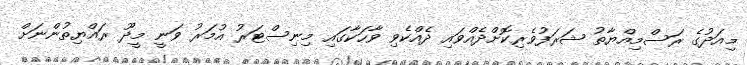
މިއަދުގެ ރަސްމިއްޔާތު ޝަރަފުވެރިކޮށްދެއްވައި ދެއްކެވި ވާހަކާގައި މިނިސްޓަރު އުމަރު ވަނީ މީދޫ ރައްޔިތުންނަށް